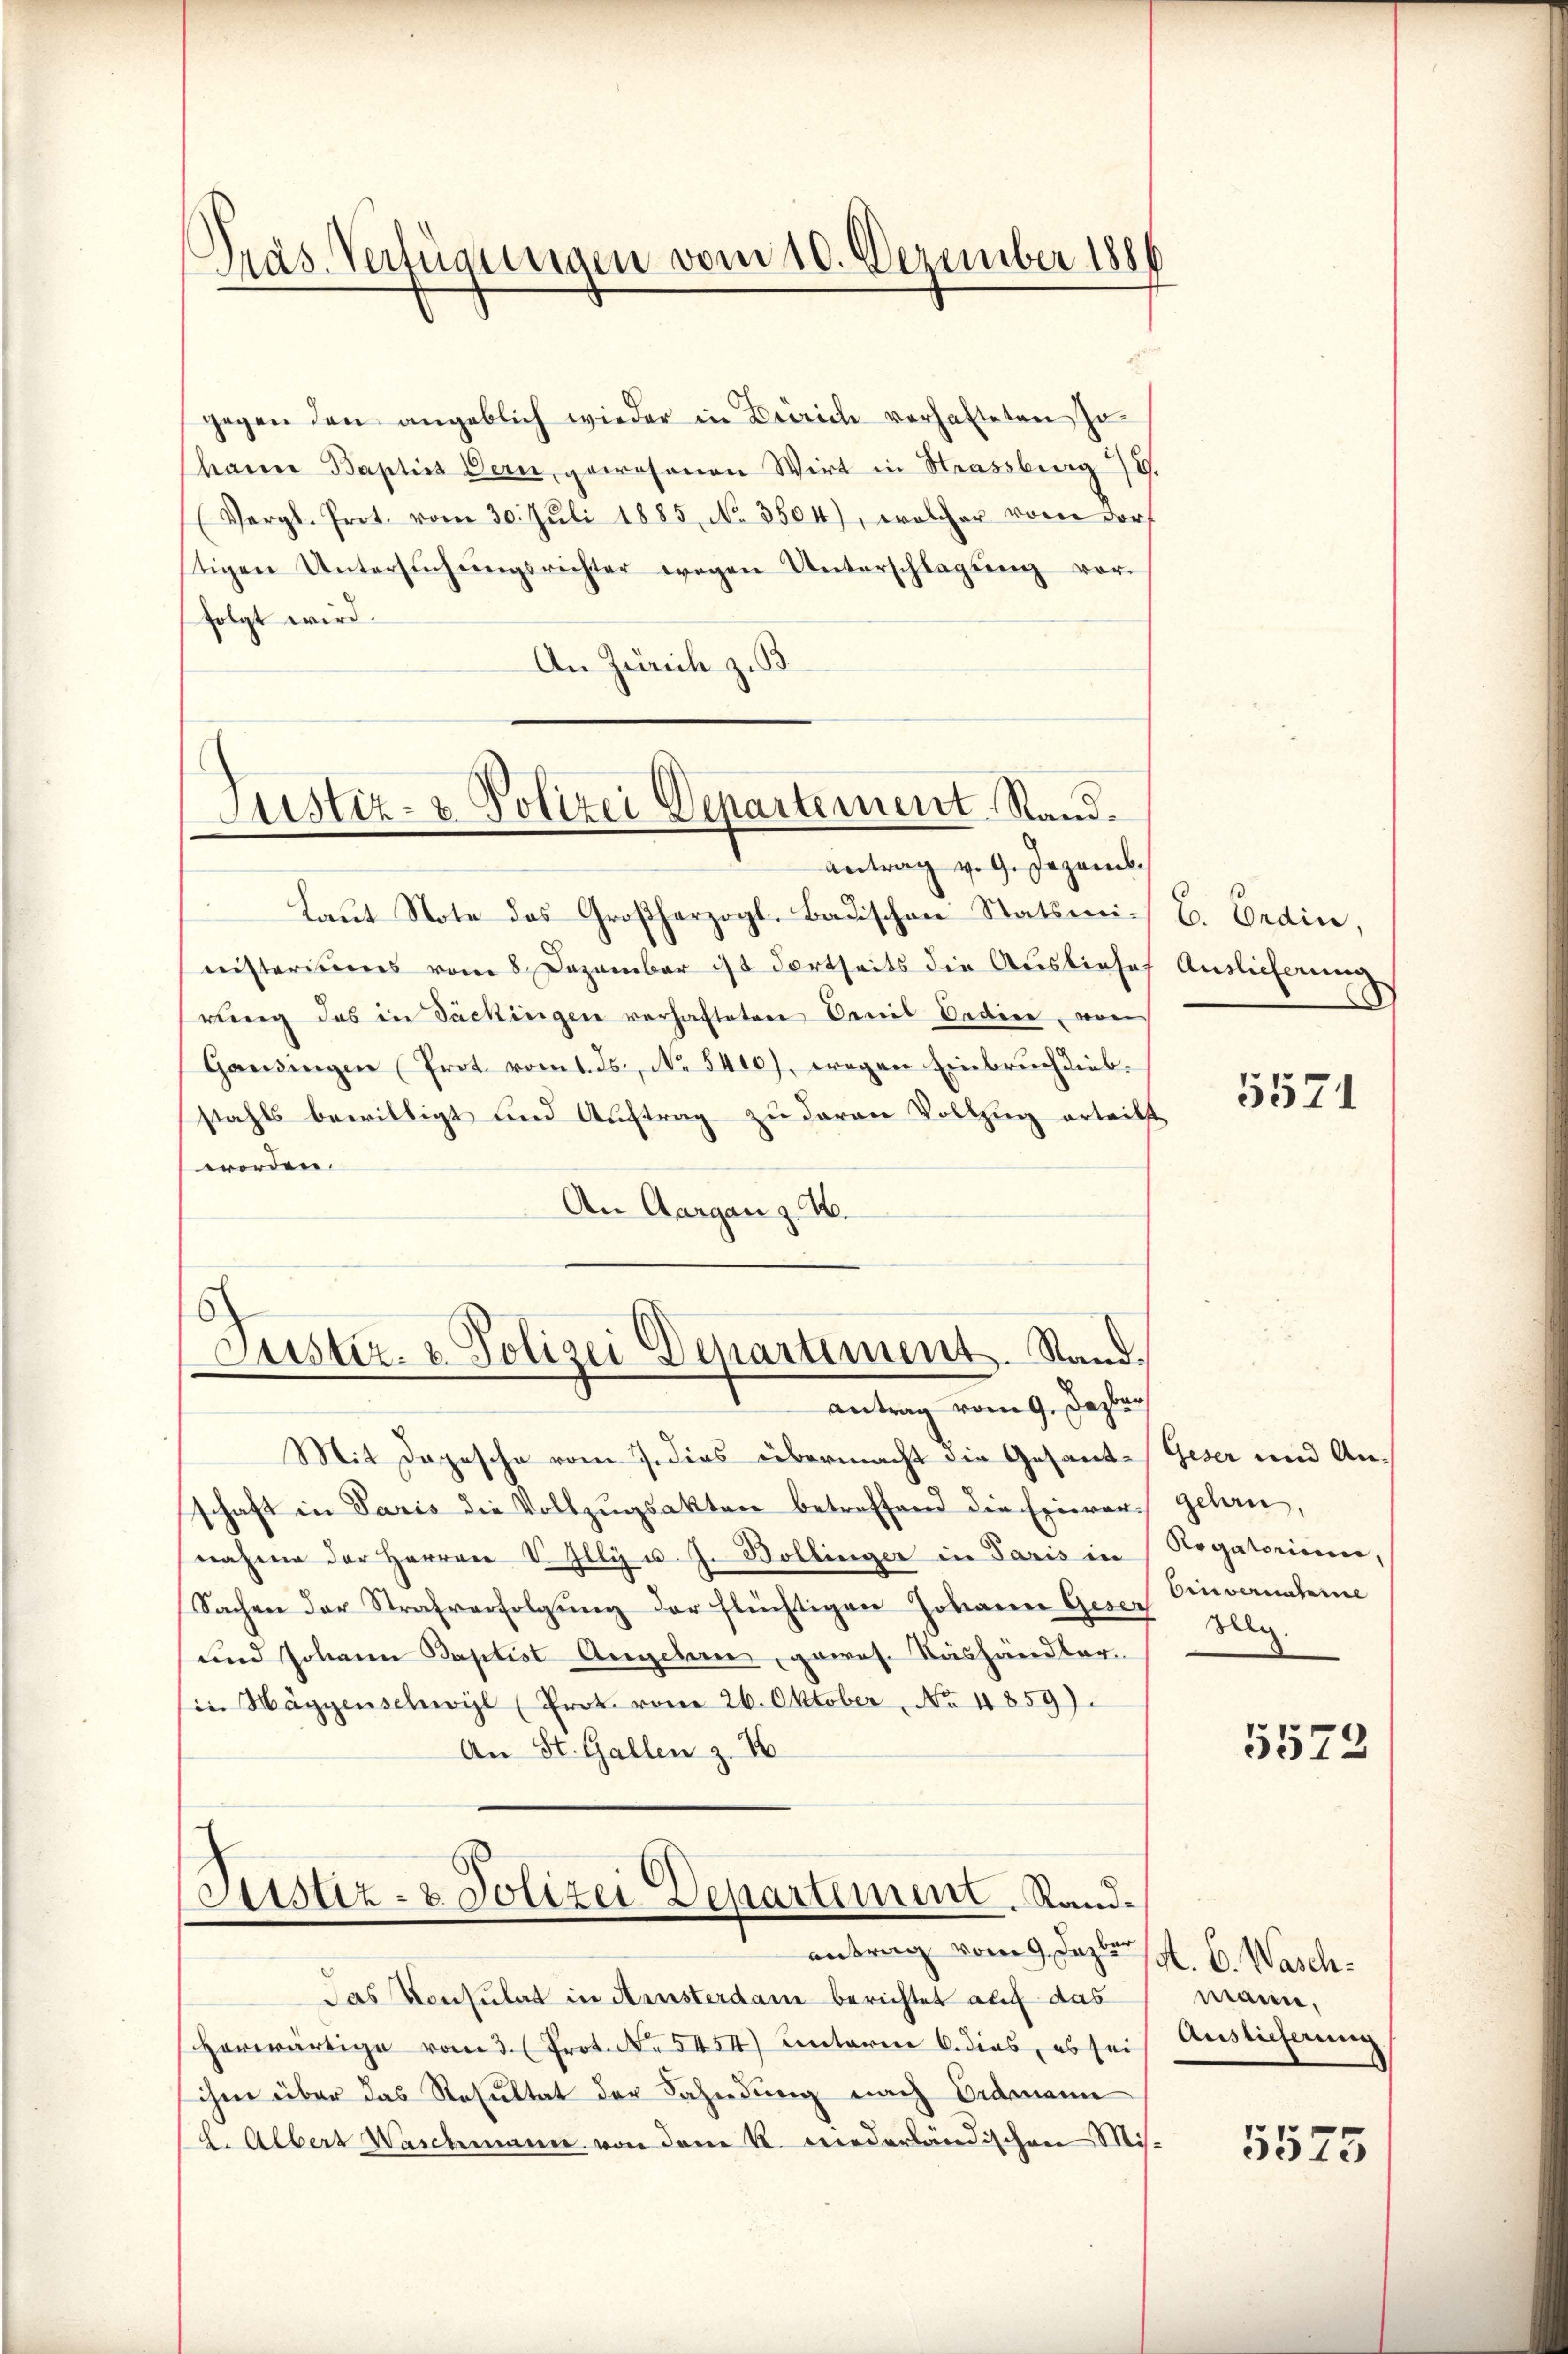
Präs. Verfügungen vom 10. Dezember 1886

gegen den angeblich wieder in Zürich vorhafteten Jo-
hann Baptis Bern, gewesenen Wirt in Strassberg.
(Vergl. Prot. vom 30. Jŭli 1885, No. 3504), wrolcher von der
tigen Untersŭchŭngsrichter wegen Unterschlagung vor-
folgt wird.
An Zürich z. B.

Justiz- & Polizei Departement Stand.
Antrag v. 9. Jezemb.

Laut Note des Großherzogl. Badischen Statsministeriums vom 8. Dezember ist dortseits die Ausliefes
rung des in Sackingen verhafteten Senil Bedien, von
Gansingen (Prot vom 1. Js., No 5400), wegen Einbruch diebstahls bewilligt und Auftrag zu daran Vollzug erteilst
werden.
An Aargau z. 10.
Mit Depesche vom 7. dies übermacht die Gesandschaft in Paris die Vollzugsakten betreffend die Einvernahme der Herren V. Illy u. J. Bollinger in Paris in
Sachen der Strafverfolgung der flüchtigen Johannen Geser
und Johann Baptist Angehen, gewes. Nashändler
in Häggenschwyl (Prot. vom 26. Oktober, No 4859).
An St. Gallen z. 16
Justiz- & Polizei Departement. Randantrag vom 9. Dazler p. C. Wasch¬
Das Konsulat in Arnsterdam berichtet auf das
Herwärtige vom 3. (Prot. No 5454) unterm 6. dies, es sei Auslieferung
ihm über das Resultat der Fahndung nach Eidmann
d. Albert Waschmann von dem R. niederländischen Mis¬

6
Justiz- & Polizei Departement. Stand.

Antrag vom 9. Jazbar

C. Endin,
Auslieferung

5571

Geser und An-
gelan,
Rogatorium,
binvernahme
Vlg.

5572

manne,

5575